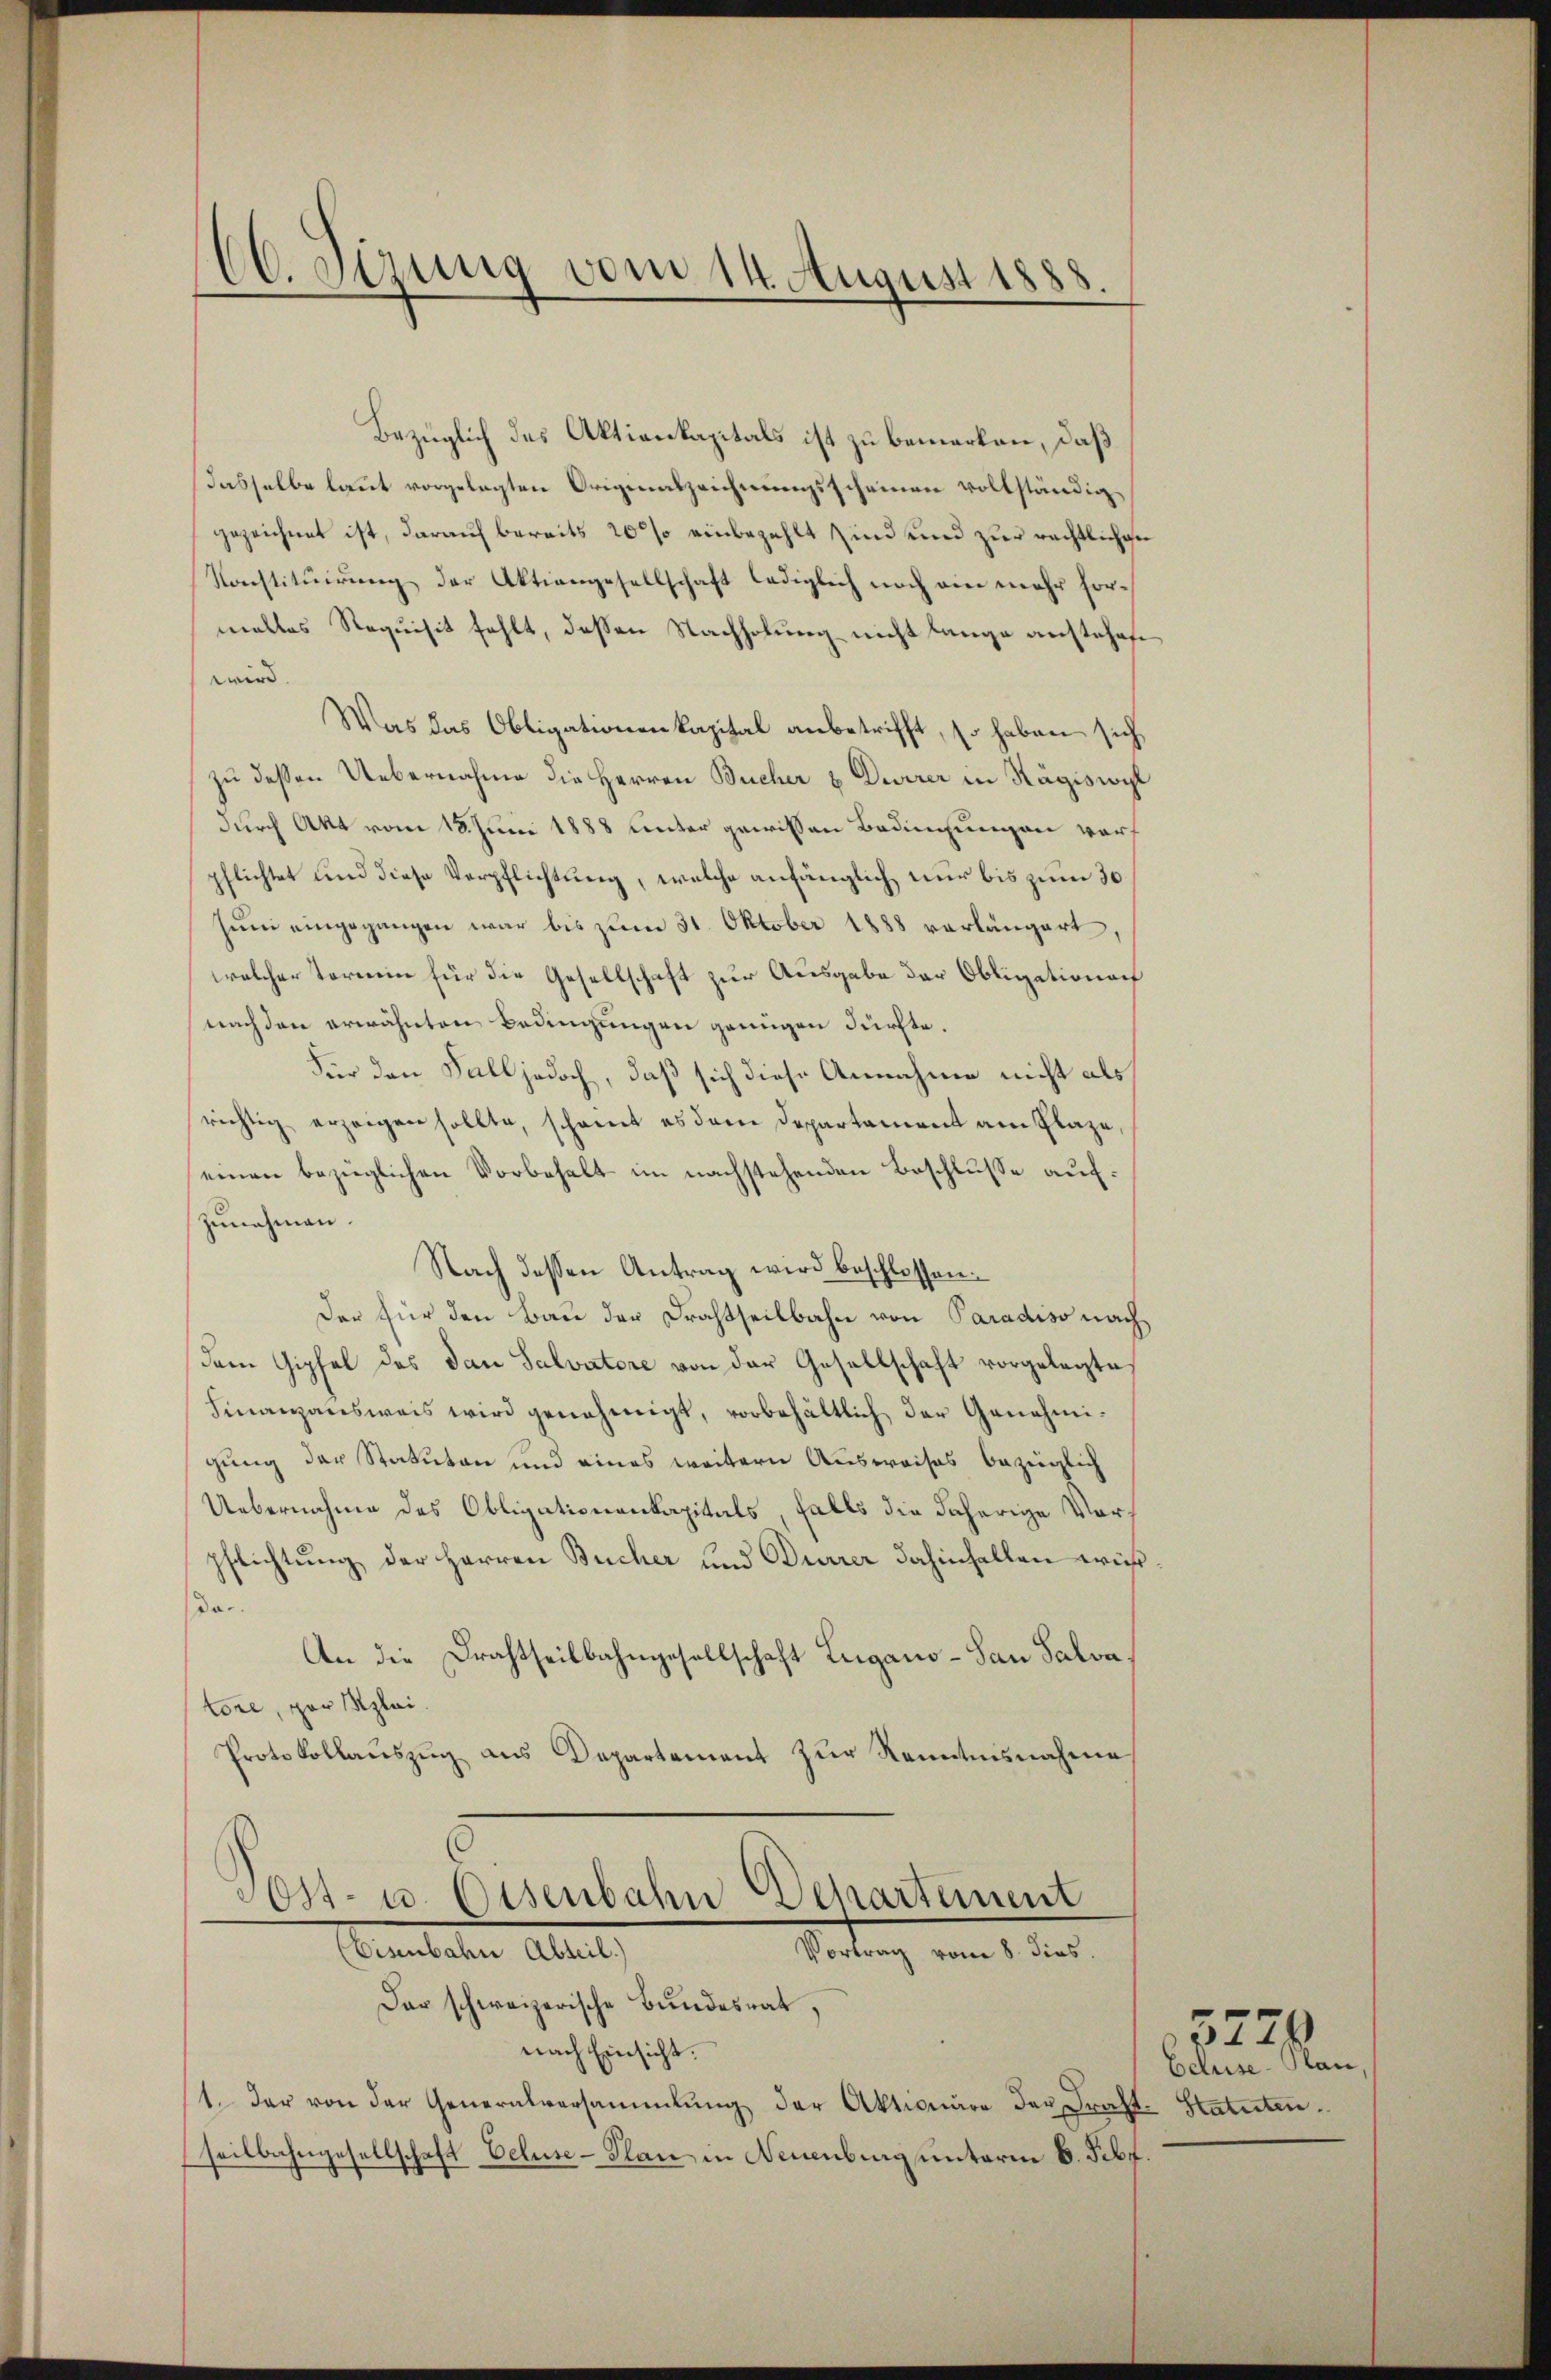
CC Sizung vom 14. August 1888

Bezüglich des Aktienkapitals ist zu bemerken, daß
dasselbe laŭt vorgelegten Originalzeichnŭngsscheinen vollständiggezeichnet ist, darauf bereits 20% einbezahlt sind und zur rechtlichen
Konstitŭirŭng der Aktiengesellschaft lediglich noch ein mehr formalles Requisit fehlt, dessen Nachholung nicht lange austehene
wird.
Was das Obligationenkapital anbetrifft, so haben sich
zu dessen Uebernahme die Herren Bucher & Durrer in Rägiswyl
durch Akt vom 18. Juni 1888 unter gewissen Bedingungen wort
pflichtet und diese Verpflichtung, welche anfänglich nur bis zum 30.
sum eingegangen war bis zum 31. Oktober 1888 vorlängert,
welcher Termin für die Gesellschaft zur Ausgabe der Obligationach
nach den erwähnten Bedingungen genügen dürfte.
Für den Fall jedoch, daß sich diese Annahme nicht als
richtig erzeigen sollte, scheint es dem Departement am Plaze,
einen bezüglichen Vorbehalt im nachstehenden Beschlusse auf:
zunehmen.
Nach dessen Antrag wird beschlossen:
Der für den Bau der Drachtheilbahn von Paradiso nach
dem Gipfel des dan Salvatore von der Gesellschaft vorgelegte,
Finanzausweis wird genehmigt, vorbehältlich der Genehmigung der Statuten und eines weitere Ausweises bezüglich
Uebernahme des Obligationenkapitals, falls die daherige Vorpflichtung der Herren Bucher und Durrer dahinfallen wiß
dan
An die Drachtheilbahngesellschaft Lugano - San Salva
tore, per plai
Protokollauszug aus Departement zur Kenntnisnahme
Ost- u. Eisenbahn Departement
Vortrag vom 8. dies
Eisenbahn Abteil)
Der schweizerische Bundesrat,
nach Einsicht.
1. Der von der Generalversammlung der Aktionäre der Frast-Statuten.
seitbahngesellschaft beluse-Plan in Neuenburg unterm 6. Febr

Ecluse-Plan,

5226